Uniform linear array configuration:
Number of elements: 12
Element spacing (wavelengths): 0.75
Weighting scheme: kaiser
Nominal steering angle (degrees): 45
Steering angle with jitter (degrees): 43.71
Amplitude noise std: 0.05
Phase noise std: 0.05

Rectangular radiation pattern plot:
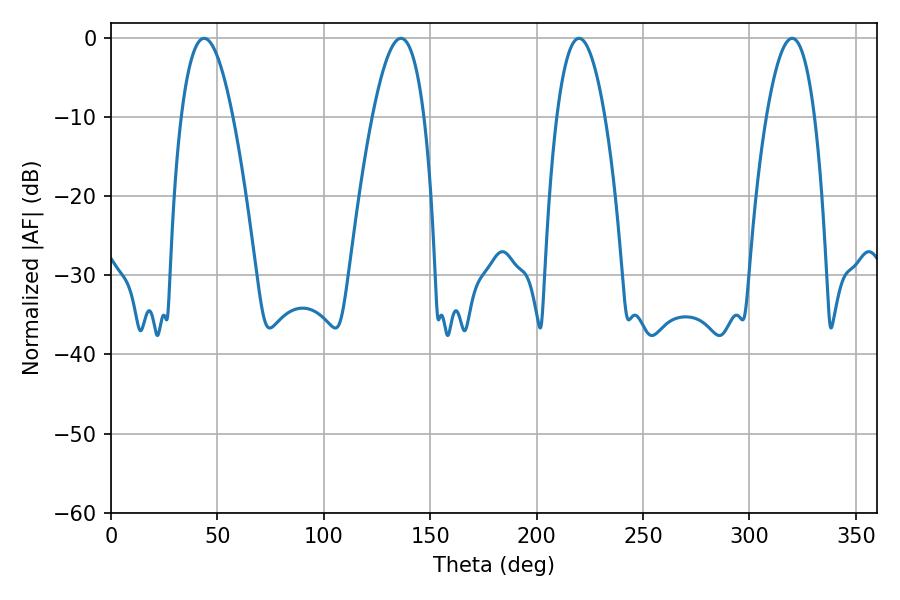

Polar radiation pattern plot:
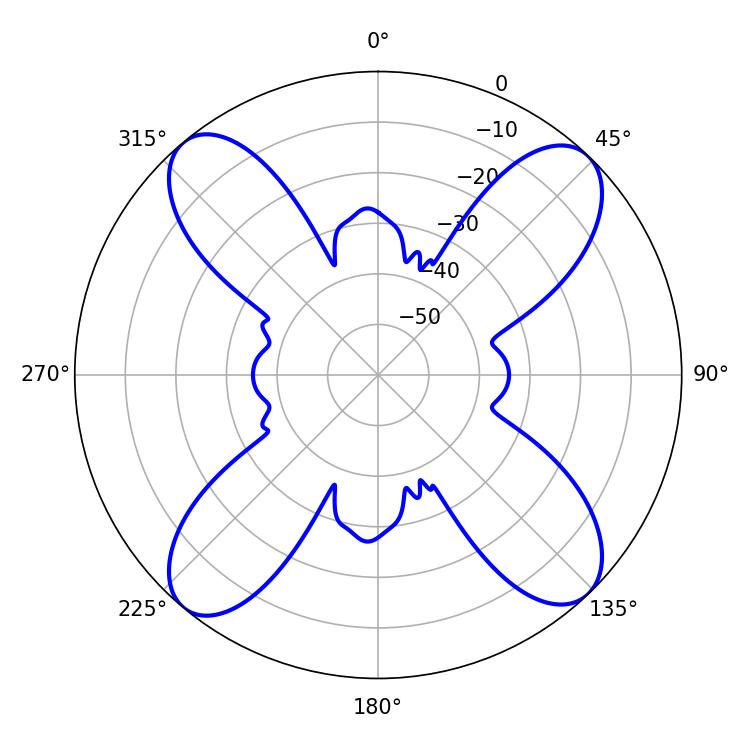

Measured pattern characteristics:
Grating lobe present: TRUE
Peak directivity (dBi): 16.23
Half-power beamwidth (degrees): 13.32
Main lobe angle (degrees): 43.74